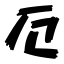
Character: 厄